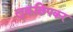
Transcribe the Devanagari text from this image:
लुकछिपकर